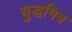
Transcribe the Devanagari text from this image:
युद्धमित्र